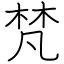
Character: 梵